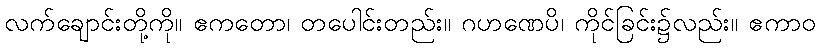
လက်ချောင်းတို့ကို။ ဧကတော၊ တပေါင်းတည်း။ ဂဟဏေပိ၊ ကိုင်ခြင်း၌လည်း။ ဧကာဝ